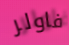
فاولر